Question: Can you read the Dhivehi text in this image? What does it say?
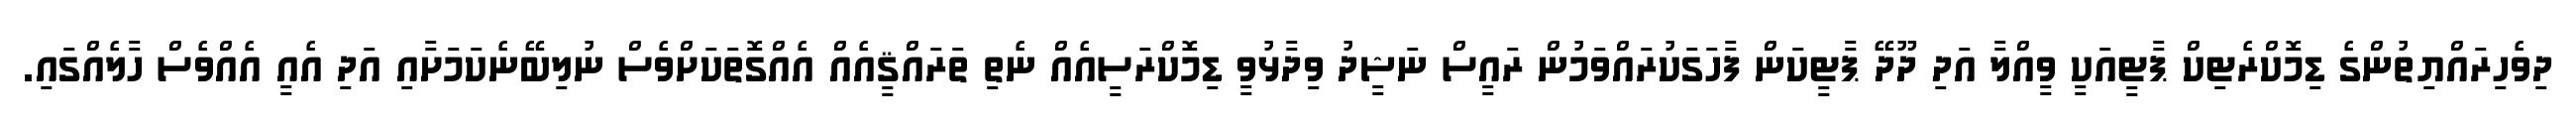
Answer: ދިވެހިރައްޔިތުންގެ ޑިމޮކްރެޓިކް ޕާޓީއަކީ ވީއްލާ އަދި ދޫދޭ ޕާޓީކަން ފާހަގަކުރައްވަމުން ރައީސް ނަޝީދު ވިދާޅުވީ ޑިމޮކްރަސީއެއް ނެތި ތަރައްޤީއެއް އެއްގޮތަކަށްވެސް ނުލިބޭނެކަމަށާއި އަދި އެއީ އެއްވެސް ހާލެއްގައި.